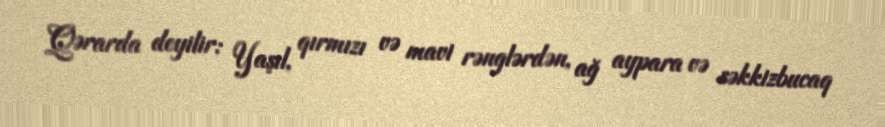
Qərarda deyilir: Yaşıl, qırmızı və mavi rənglərdən, ağ aypara və səkkizbucaq